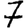
Digit: 7